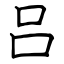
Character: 吕